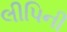
લીપિની